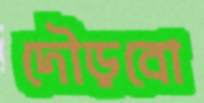
দৌড়বো